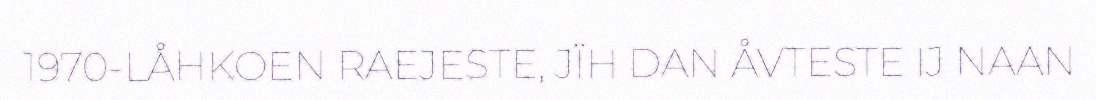
1970-LÅHKOEN RAEJESTE, JÏH DAN ÅVTESTE IJ NAAN